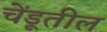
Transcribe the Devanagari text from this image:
चेंडूतील